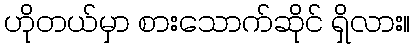
ဟိုတယ်မှာ စားသောက်ဆိုင် ရှိလား။